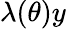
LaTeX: \lambda(\theta)y